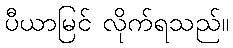
ပီယာမြင် လိုက်ရသည်။